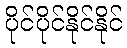
ပိုင်ပိုင်နိုင်နိုင်